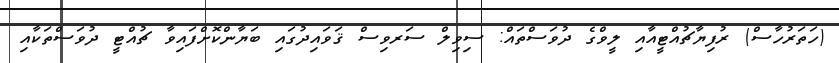
(ހަތަރުހާސް) ރުފިޔާޗުއްޓީއާއި ލީވްގެ ދުވަސްތައް: ސިވިލް ސަރވިސް ޤަވައިދުގައި ބަޔާންކޮށްފައިވާ ޗުއްޓީ ދުވަސްތަކާއި